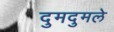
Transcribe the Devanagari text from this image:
दुमदुमले